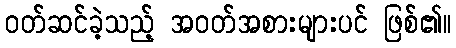
ဝတ်ဆင်ခဲ့သည့် အဝတ်အစားများပင် ဖြစ်၏။